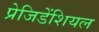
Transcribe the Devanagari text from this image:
प्रेजिडेंशियल